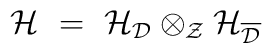
{\mathcal H} \ = \ {\mathcal H}_{{\mathcal D}} \otimes_{{\mathcal Z}}{\mathcal H}_{\overline{{\mathcal D}}}